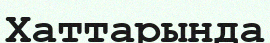
Хаттарында